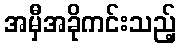
အမှီအခိုကင်းသည့်